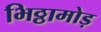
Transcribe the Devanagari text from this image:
भिठ्ठामोड़